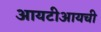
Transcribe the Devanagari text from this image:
आयटीआयची